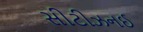
સીટીઝનઈ